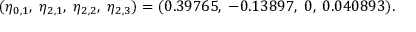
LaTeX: ( \eta _ { 0 , 1 } , \; \eta _ { 2 , 1 } , \; \eta _ { 2 , 2 } , \; \eta _ { 2 , 3 } ) = ( 0 . 3 9 7 6 5 , \; - 0 . 1 3 8 9 7 , \; 0 , \; 0 . 0 4 0 8 9 3 ) .